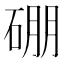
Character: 硼